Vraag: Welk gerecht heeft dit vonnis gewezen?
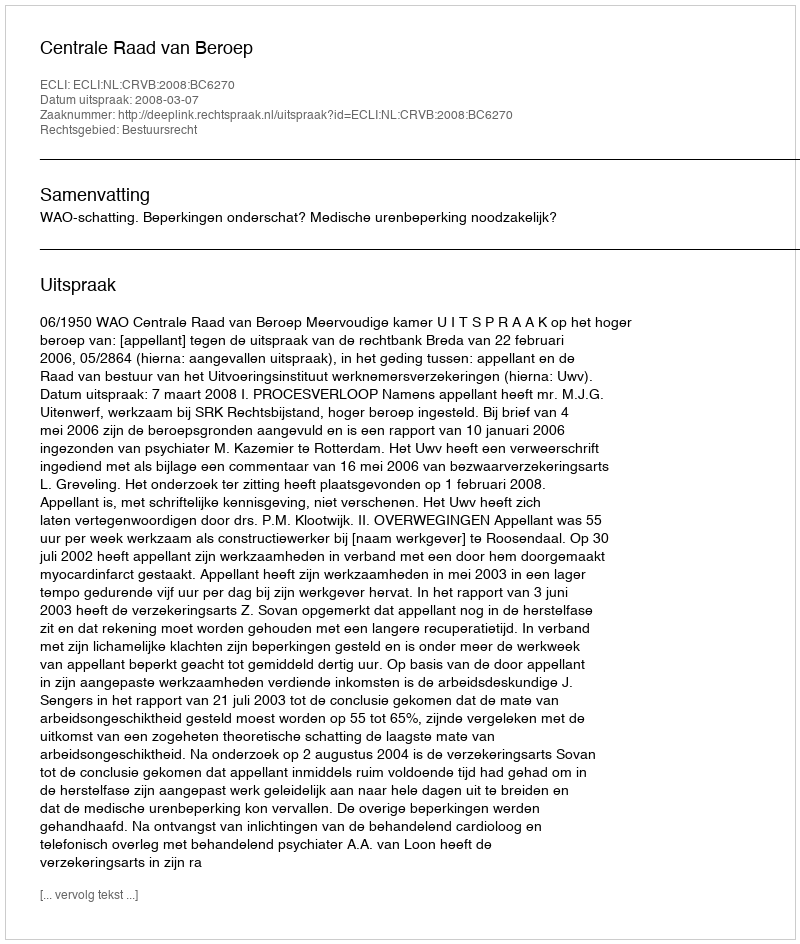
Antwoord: Centrale Raad van Beroep